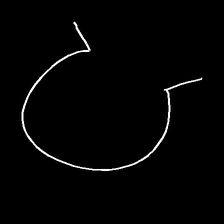
Glyph: weave